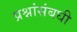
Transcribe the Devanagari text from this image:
प्रश्नांसंबधी